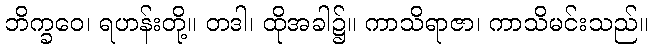
ဘိက္ခဝေ၊ ရဟန်းတို့။ တဒါ၊ ထိုအခါ၌။ ကာသိရာဇာ၊ ကာသိမင်းသည်။